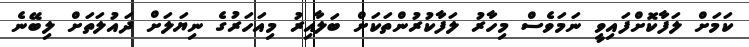
ކަމަށް ލަފާކޮށްފައިވީ ނަމަވެސް މިހާރު ލަފާކުރުންތަކަށް ބަލާއިރު މިއަހަރުގެ ނިޔަލަށް ދައުލަތަށް ލިބޭނެ